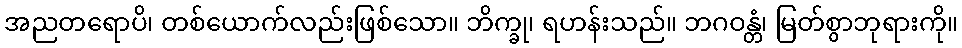
အညတရောပိ၊ တစ်ယောက်လည်းဖြစ်သော။ ဘိက္ခု၊ ရဟန်းသည်။ ဘဂဝန္တံ၊ မြတ်စွာဘုရားကို။